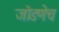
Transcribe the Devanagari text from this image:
जोडणेच